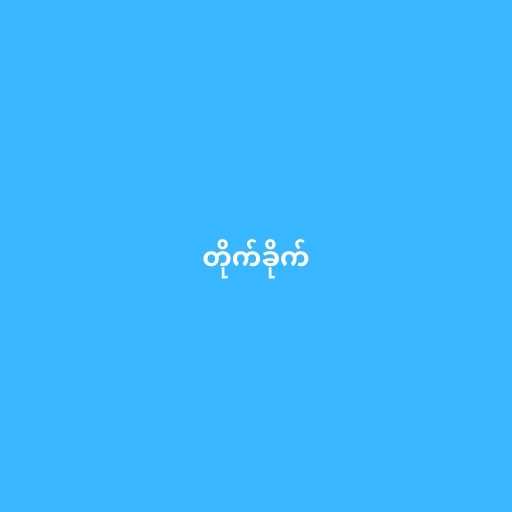
တိုက်ခိုက်